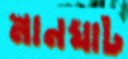
স্নানঘাট